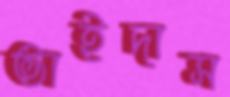
ভাইদাস